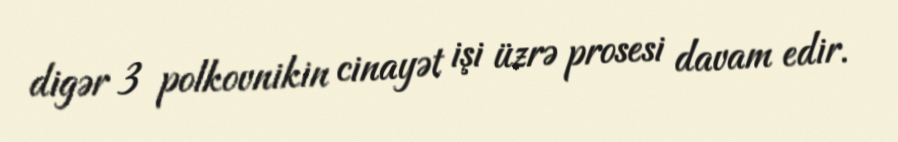
digər 3 polkovnikin cinayət işi üzrə prosesi davam edir.